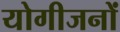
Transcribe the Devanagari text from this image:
योगीजनों